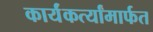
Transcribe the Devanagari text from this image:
कार्यंकर्त्यांमार्फत